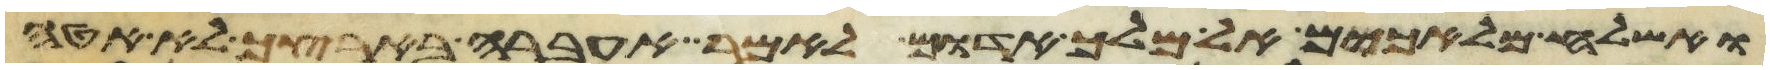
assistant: ואשלחה מלאכים אל מלך אדום לאמר אעברה בארצך לא אטה